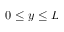
0 \le y \le L